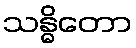
သန္ဓိတော